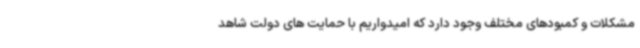
مشکلات و کمبودهای مختلف وجود دارد که امیدواریم با حمایت های دولت شاهد